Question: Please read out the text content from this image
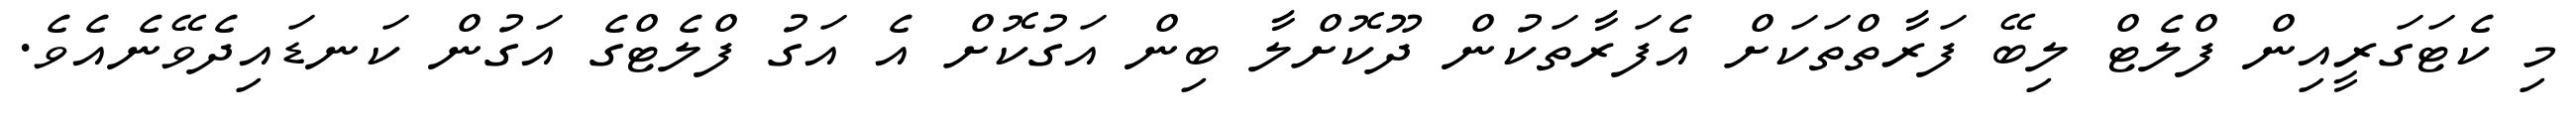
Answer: މި ކެޓަގަރީއިން ފްލެޓް ލިބޭ ފަރާތްތަކަށް އެފަރާތަކުން ދޫކޮށްލާ ބިން އަގުކޮށް އެ އަގު ފްލެޓްގެ އަގުން ކަނޑައިދެވޭނެއެވެ.